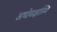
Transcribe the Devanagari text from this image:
अधोवक्षास्थि